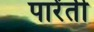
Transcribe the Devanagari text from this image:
पारेंती